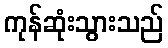
ကုန်ဆုံးသွားသည်